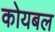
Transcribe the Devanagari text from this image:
कोयबल